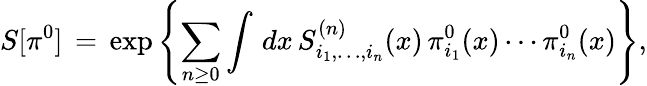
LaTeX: S[\pi^{0}]\, =\, \exp\left\{ \sum_{n\ge 0}\int\, dx\, S_{i_{1},\ldots,i_{n}}^{(n)}(x)\, \pi_{i_{1}}^{0}(x)\cdots\pi_{i_{n}}^{0}(x)\right\} ,